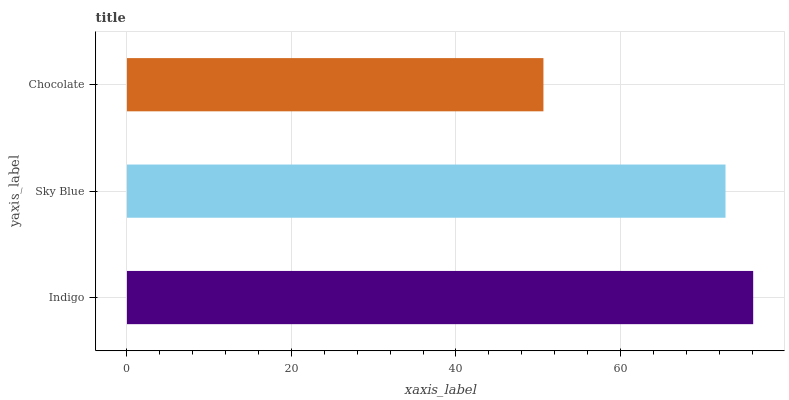
| yaxis_label | bars |
 | --- | --- |
 | Indigo | 76.1 |
 | Sky Blue | 72.8 |
 | Chocolate | 50.6 |